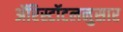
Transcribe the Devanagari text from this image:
ॲरिस्टॉटलनुसार